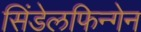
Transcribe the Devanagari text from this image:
सिंडेलफिन्गेन